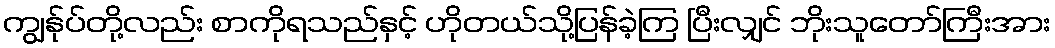
ကျွန်ုပ်တို့လည်း စာကိုရသည်နှင့် ဟိုတယ်သို့ပြန်ခဲ့ကြ ပြီးလျှင် ဘိုးသူတော်ကြီးအား